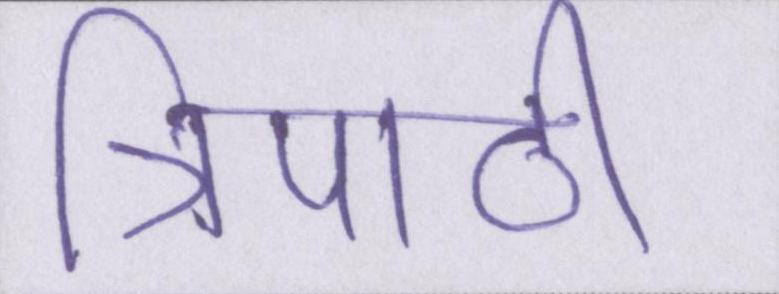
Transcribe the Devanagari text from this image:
त्रिपाठी